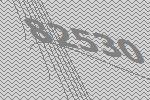
82530